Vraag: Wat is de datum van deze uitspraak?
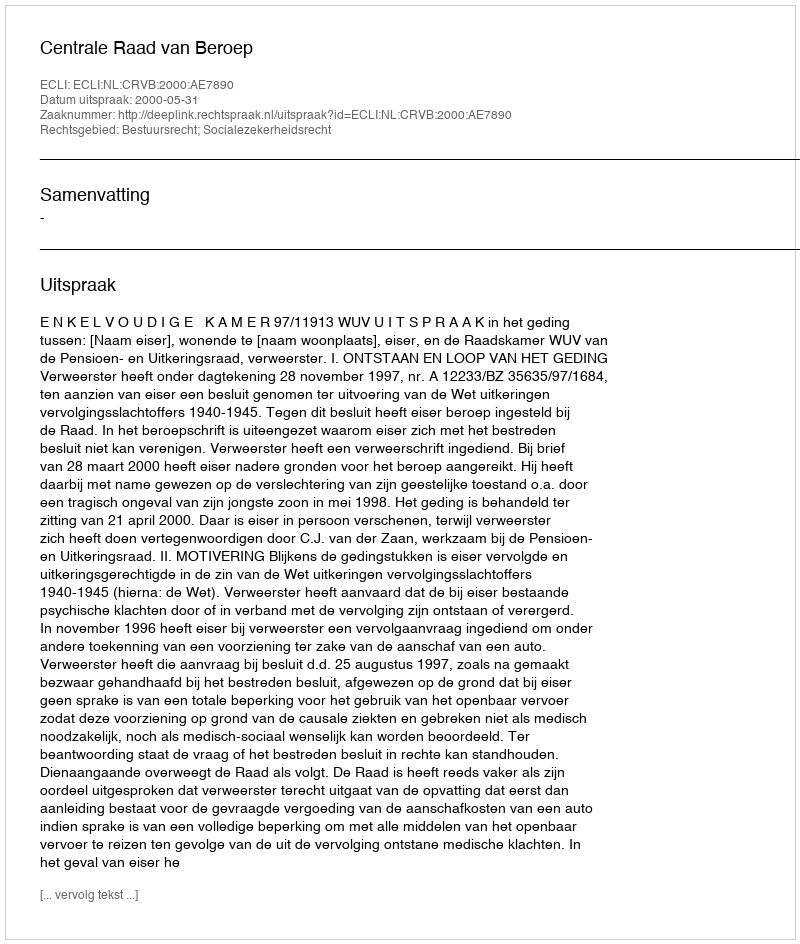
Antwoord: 2000-05-31